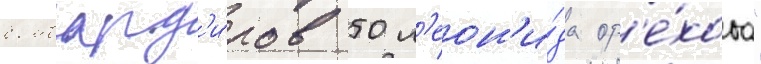
бомбард'и́ров 50 л'еон'и́да ор'е́хова"